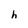
Character: h